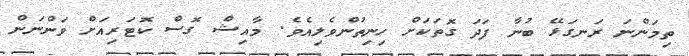
ތިމަންނަ ރަނގަޅޭ ބުނާ ފަދަ ގޮތަކަށް ހިނިތުންވެލިއެވެ. މާއިޝް ގޮސް ކޮޓަރިއަށް ވަންނަން